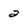
Character: 2